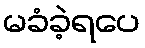
မခံခဲ့ရပေ